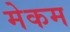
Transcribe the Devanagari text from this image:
मेकम